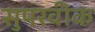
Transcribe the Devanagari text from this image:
सुपरवीक